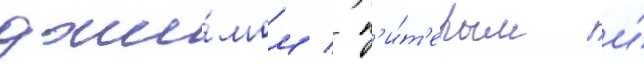
джи́мом / п'и́т'ером и́